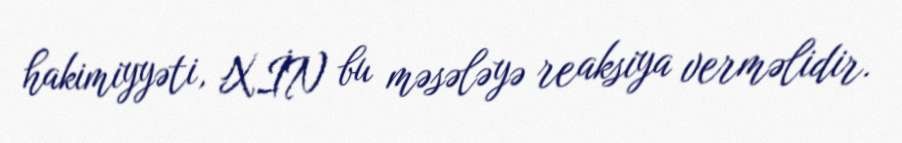
hakimiyyəti, XİN bu məsələyə reaksiya verməlidir.